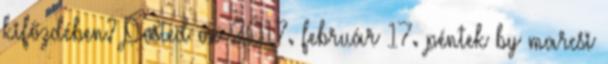
kifőzdében? Posted on 2017. február 17. péntek by marcsi